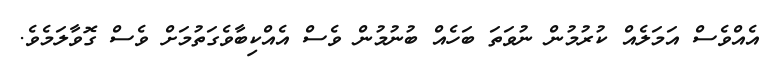
އެއްވެސް އަމަލެއް ކުރުމުން ނުވަތަ ބަހެއް ބުނުމުން ވެސް އެއްކިބާވެގަތުމަށް ވެސް ގޮވާލަމެވެ.